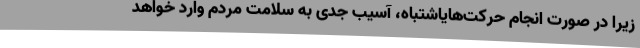
زیرا در صورت انجام حرکت‌هایاشتباه، آسیب جدی به سلامت مردم وارد خواهد